65_HS1-834228961_62-HQ-83894_Section_10
Agency: FBI
Page 15
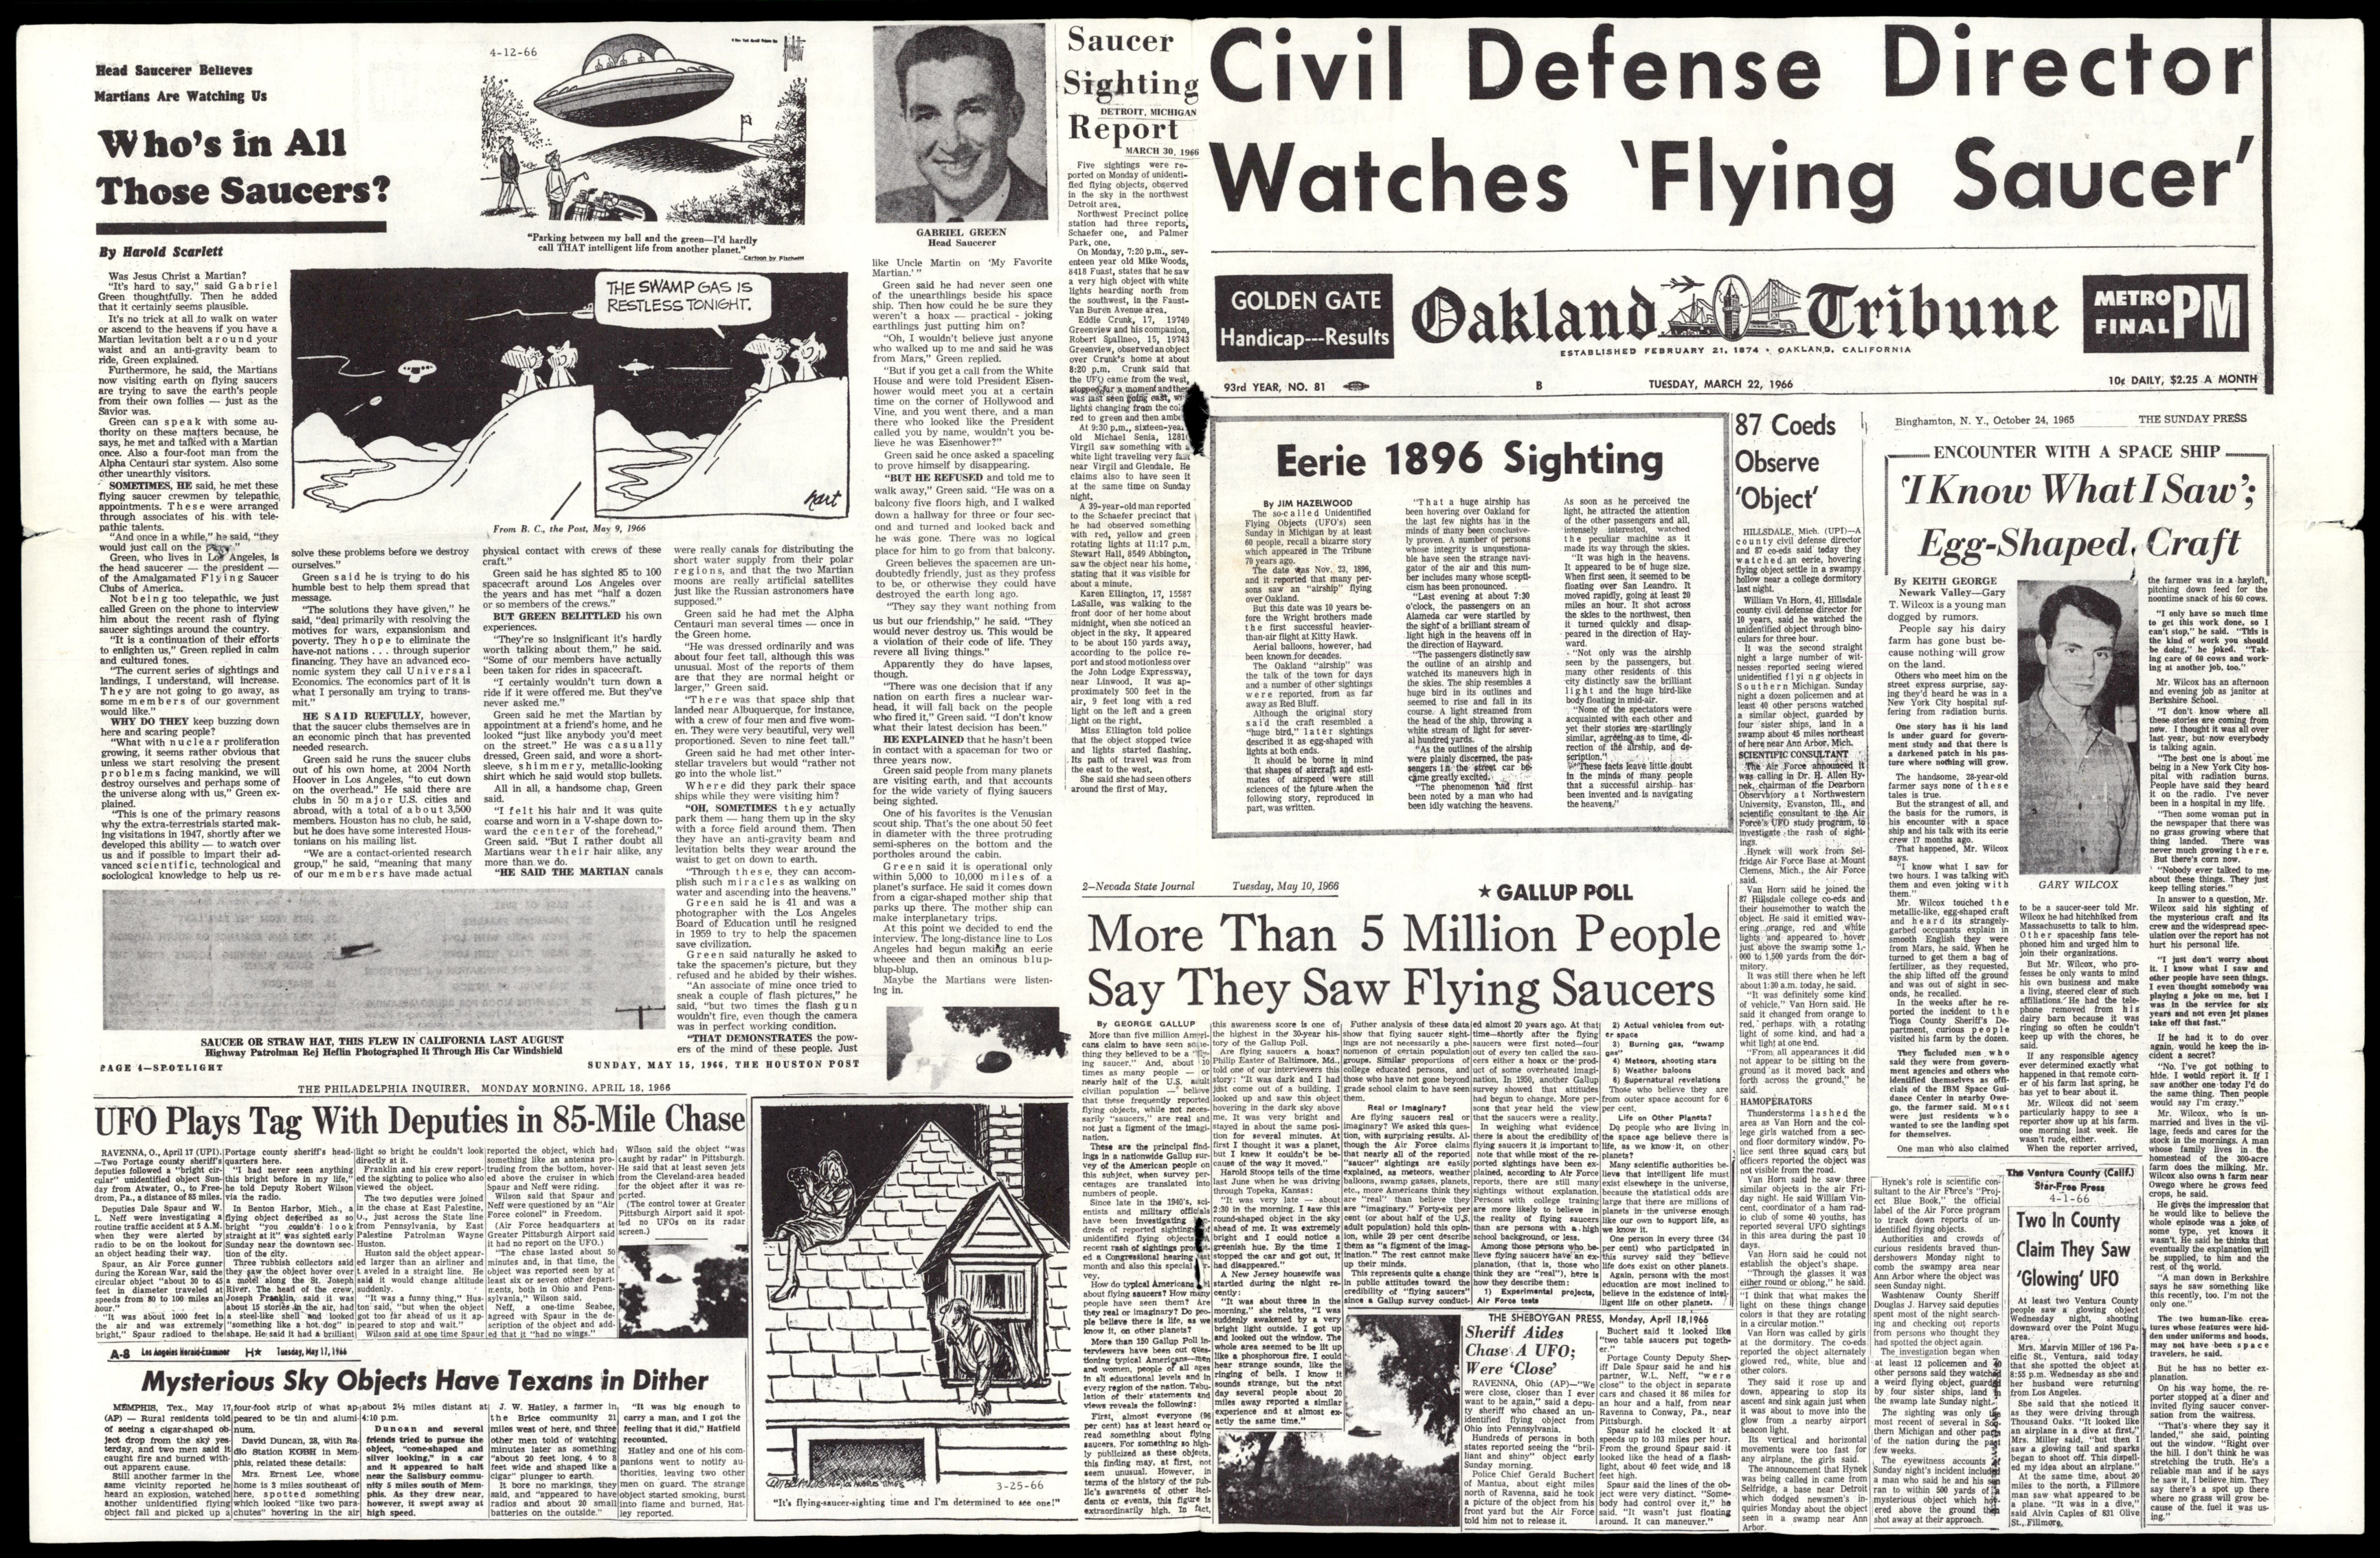